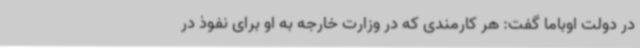
در دولت اوباما گفت: هر کارمندی که در وزارت خارجه به او برای نفوذ در